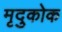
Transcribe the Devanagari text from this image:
मृदुकोक